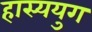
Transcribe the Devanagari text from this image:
हास्ययुग